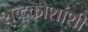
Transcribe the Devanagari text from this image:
शब्दकोशांशी